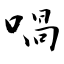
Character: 喎